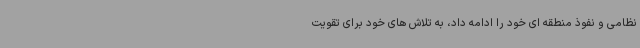
نظامی و نفوذ منطقه ای خود را ادامه داد، به تلاش های خود برای تقویت